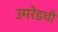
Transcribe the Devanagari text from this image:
उमरेडची